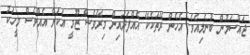
ޖައްސަމުން ބުނެލިއެވެ. އެހެން ރޭތަކެކޭ އެއްފަދައިން މިރޭވެސް ޒޫމީ އަކަށް އެއްވެސް މީހަކު